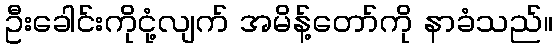
ဦးခေါင်းကိုငုံ့လျက် အမိန့်တော်ကို နာခံသည်။